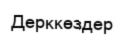
Дерккөздер